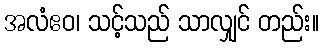
အလံဧဝ၊ သင့်သည် သာလျှင် တည်း။